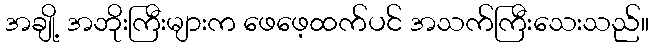
အချို့ အဘိုးကြီးများက ဖေဖေ့ထက်ပင် အသက်ကြီးသေးသည်။